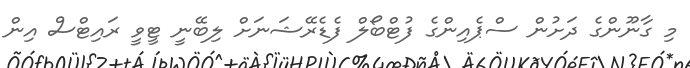
މި ގާނޫންގެ ދަށުން ސްޕެއިންގެ ފުޓްބޯލް ފެޑެރޭޝަނަށް ލިބޭނީ ޓީވީ ރައިޓްްސް އިން